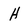
Character: H